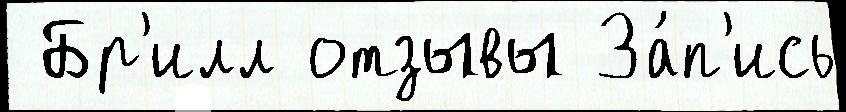
 Бр'илл отзывы За́п'ись